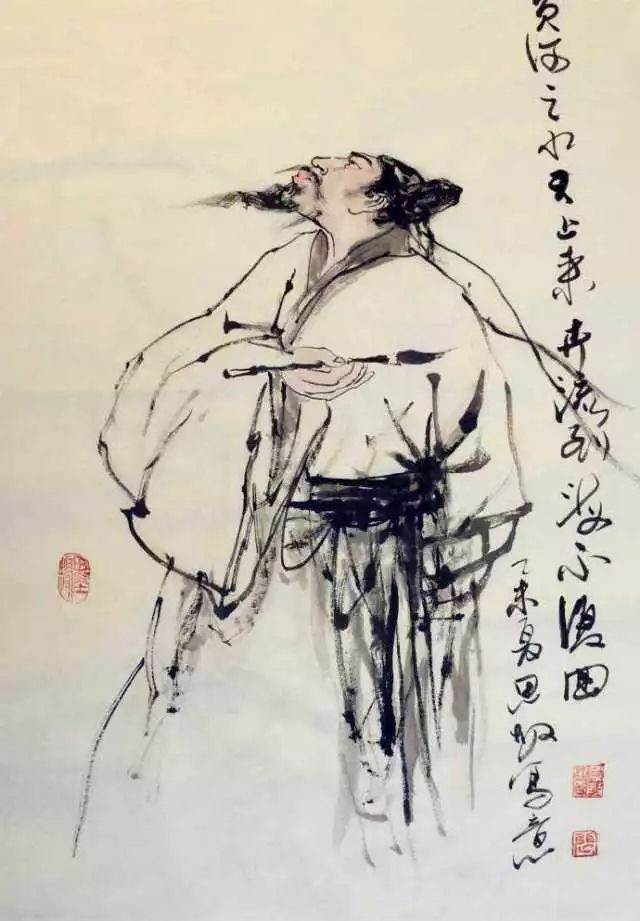
落地为兄弟，何必骨肉亲！